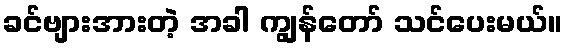
ခင်ဗျားအားတဲ့ အခါ ကျွန်တော် သင်ပေးမယ်။